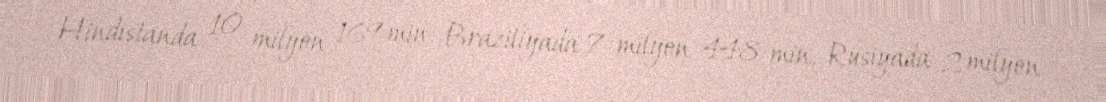
Hindistanda 10 milyon 169 min, Braziliyada 7 milyon 448 min, Rusiyada 2 milyon